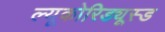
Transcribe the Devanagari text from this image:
ल्यूकोरिड्यूस्ड